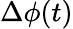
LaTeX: \Delta\phi(t)